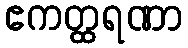
ဧကတ္ထရဏာ